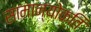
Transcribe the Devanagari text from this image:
सामान्योक्ति